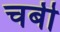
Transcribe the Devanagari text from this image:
चबी